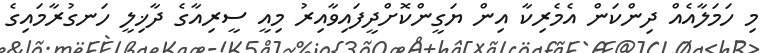
މި ހަމަލާއެއް ދިންކަން އެމެރިކާ އިން ޔަގީންކޮށްދީފައިވާއިރު މިއީ ސީރިއާގެ ދާޚިލީ ހަނގުރާމައިގެ